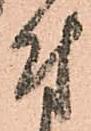
付